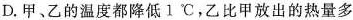
D.甲、乙的温度都降低1^{\circ}C，乙比甲放出的热量多